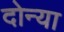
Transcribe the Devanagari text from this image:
दोन्या